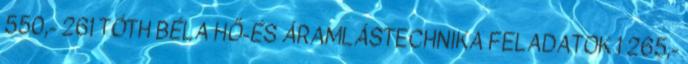
550,- 261 TÓTH BÉLA HŐ-ÉS ÁRAMLÁSTECHNIKA FELADATOK 1 265,-